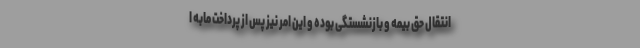
انتقال حق بیمه و بازنشستگی بوده و این امر نیز پس از پرداخت مابه ا